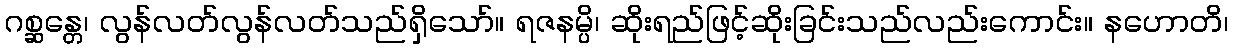
ဂစ္ဆန္တေ၊ လွန်လတ်လွန်လတ်သည်ရှိသော်။ ရဇနမ္ပိ၊ ဆိုးရည်ဖြင့်ဆိုးခြင်းသည်လည်းကောင်း။ နဟောတိ၊